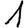
Digit: 1